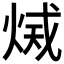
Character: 𤉫